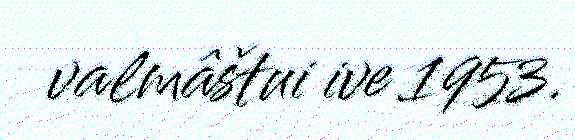
valmâštui ive 1953.